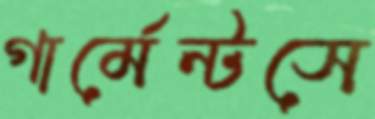
গার্মেন্টসে